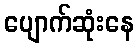
ပျောက်ဆုံးနေ